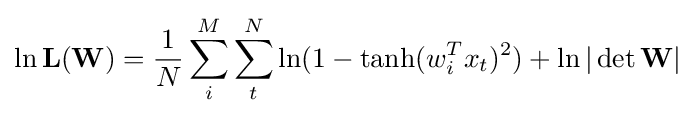
\ln \mathbf {L(W)} ={1 \over N}\sum _{i}^{M}\sum _{t}^{N}\ln(1-\tanh(w_{i}^{T}x_{t})^{2})+\ln |\det \mathbf {W} |